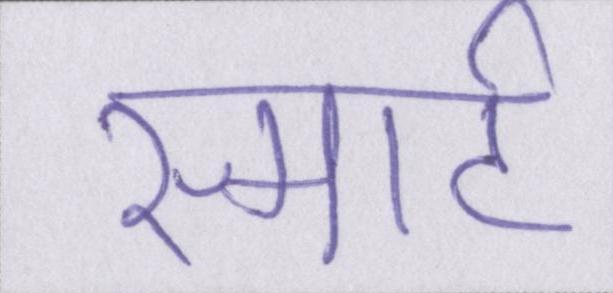
स्मार्ट